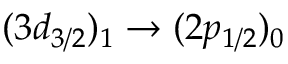
( 3 d _ { 3 / 2 } ) _ { 1 } \rightarrow ( 2 p _ { 1 / 2 } ) _ { 0 }